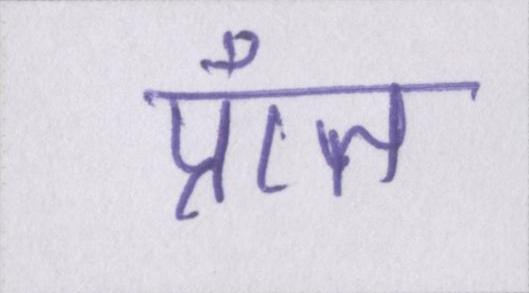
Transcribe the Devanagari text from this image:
प्राँत